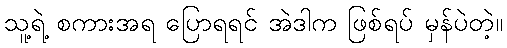
သူ့ရဲ့ စကားအရ ပြောရရင် အဲဒါက ဖြစ်ရပ် မှန်ပဲတဲ့။